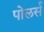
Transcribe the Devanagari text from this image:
पोलर्स